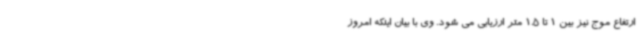
ارتفاع موج نیز بین 1 تا 1.5 متر ارزیابی می شود. وی با بیان اینکه امروز